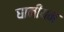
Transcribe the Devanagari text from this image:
घानीयन